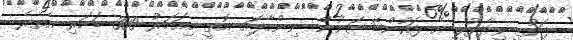
ފައުޒީ ވިދާޅުވީ އެ ފައުންޑޭޝަނުން ނިންމާފައި އޮތީ މިއަހަރު 300 ބަކަރި އެތެރެ